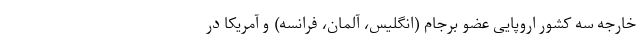
خارجه سه کشور اروپایی عضو برجام (انگلیس، آلمان، فرانسه) و آمریکا در